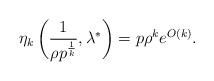
LaTeX: \begin{align*} \eta_k\left(\frac{1}{\rho p^{\frac{1}{k}}}, \lambda^* \right) = p \rho^ke^{O(k)}.\end{align*}